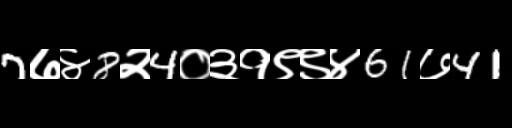
Text: 7७४8२4०३१९९४61७41